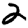
Digit: 2